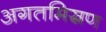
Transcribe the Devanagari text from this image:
अगतमिस्रण